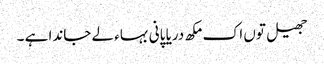
جھیل توں اک مکھ دریا پانی بہاء لے جاندا ہے ۔